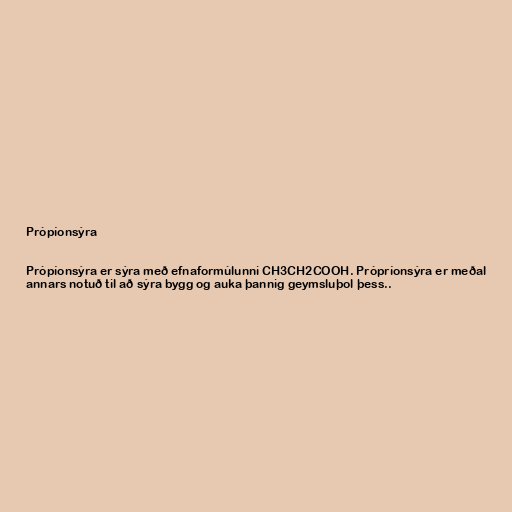
Própíonsýra

Própíonsýra er sýra með efnaformúlunni CH3CH2COOH. Própríonsýra er meðal
annars notuð til að sýra bygg og auka þannig geymsluþol þess..